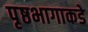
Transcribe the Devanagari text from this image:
पृष्ठभागाकडे